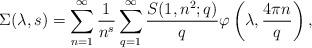
LaTeX: \begin{align*}\Sigma(\lambda,s)=\sum_{n=1}^{\infty}\frac{1}{n^{s}}\sum_{q=1}^{\infty}\frac{S(1,n^2;q)}{q}\varphi\left(\lambda,\frac{4\pi n}{q}\right),\end{align*}